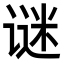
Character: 谜